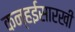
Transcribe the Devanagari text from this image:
कन्हईसारखी